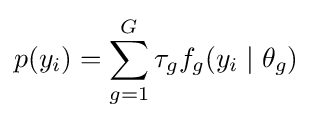
p(y_{i})=\sum _{g=1}^{G}\tau _{g}f_{g}(y_{i}\mid \theta _{g})